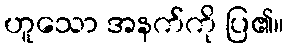
ဟူသော အနက်ကို ပြ၏။